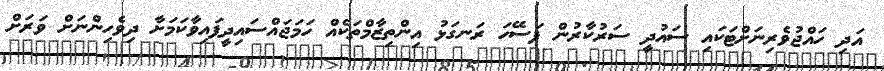
އަދި ހައްޖުވެރިނަށްޓަކައި ސައުދީ ސަރުކާރުން ފަސޭހަ ރަނގަޅު އިންތިޒާމްތަކެއް ހަމަޖައްސައިދީފައިވާކަމަށާ ދިވެހިންނަށް ވަރަށް